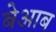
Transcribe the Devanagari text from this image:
बेआब